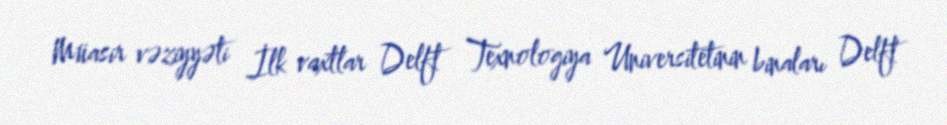
Müasir vəziyyəti İlk vaxtlar Delft Texnologiya Universitetinin binaları Delft